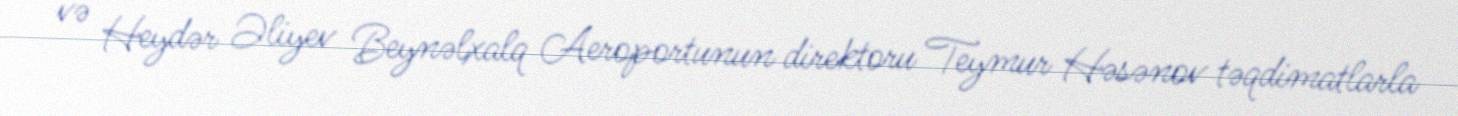
və Heydər Əliyev Beynəlxalq Aeroportunun direktoru Teymur Həsənov təqdimatlarla